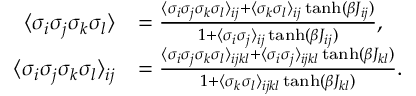
\begin{array} { r l } { \langle \sigma _ { i } \sigma _ { j } \sigma _ { k } \sigma _ { l } \rangle } & { = \frac { \langle \sigma _ { i } \sigma _ { j } \sigma _ { k } \sigma _ { l } \rangle _ { i j } + \langle \sigma _ { k } \sigma _ { l } \rangle _ { i j } \operatorname { t a n h } ( \beta J _ { i j } ) } { 1 + \langle \sigma _ { i } \sigma _ { j } \rangle _ { i j } \operatorname { t a n h } ( \beta J _ { i j } ) } , } \\ { \langle \sigma _ { i } \sigma _ { j } \sigma _ { k } \sigma _ { l } \rangle _ { i j } } & { = \frac { \langle \sigma _ { i } \sigma _ { j } \sigma _ { k } \sigma _ { l } \rangle _ { i j k l } + \langle \sigma _ { i } \sigma _ { j } \rangle _ { i j k l } \operatorname { t a n h } ( \beta J _ { k l } ) } { 1 + \langle \sigma _ { k } \sigma _ { l } \rangle _ { i j k l } \operatorname { t a n h } ( \beta J _ { k l } ) } . } \end{array}